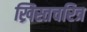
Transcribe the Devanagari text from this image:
ख्रिस्तचरित्र